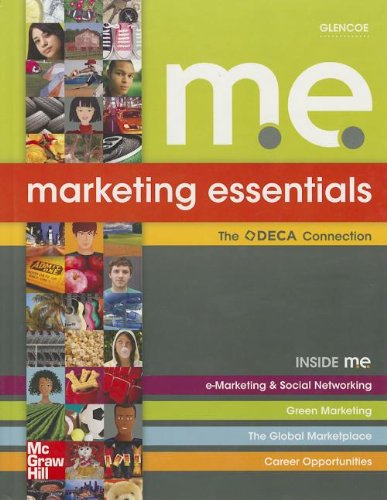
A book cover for Marketing Essentials, Student Edition; McGraw-Hill Education; Children's Books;